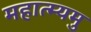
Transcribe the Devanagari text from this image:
महात्म्यमु